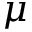
\mu